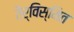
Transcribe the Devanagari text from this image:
तैर्विस्मित